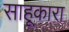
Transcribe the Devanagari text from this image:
साहूकारा